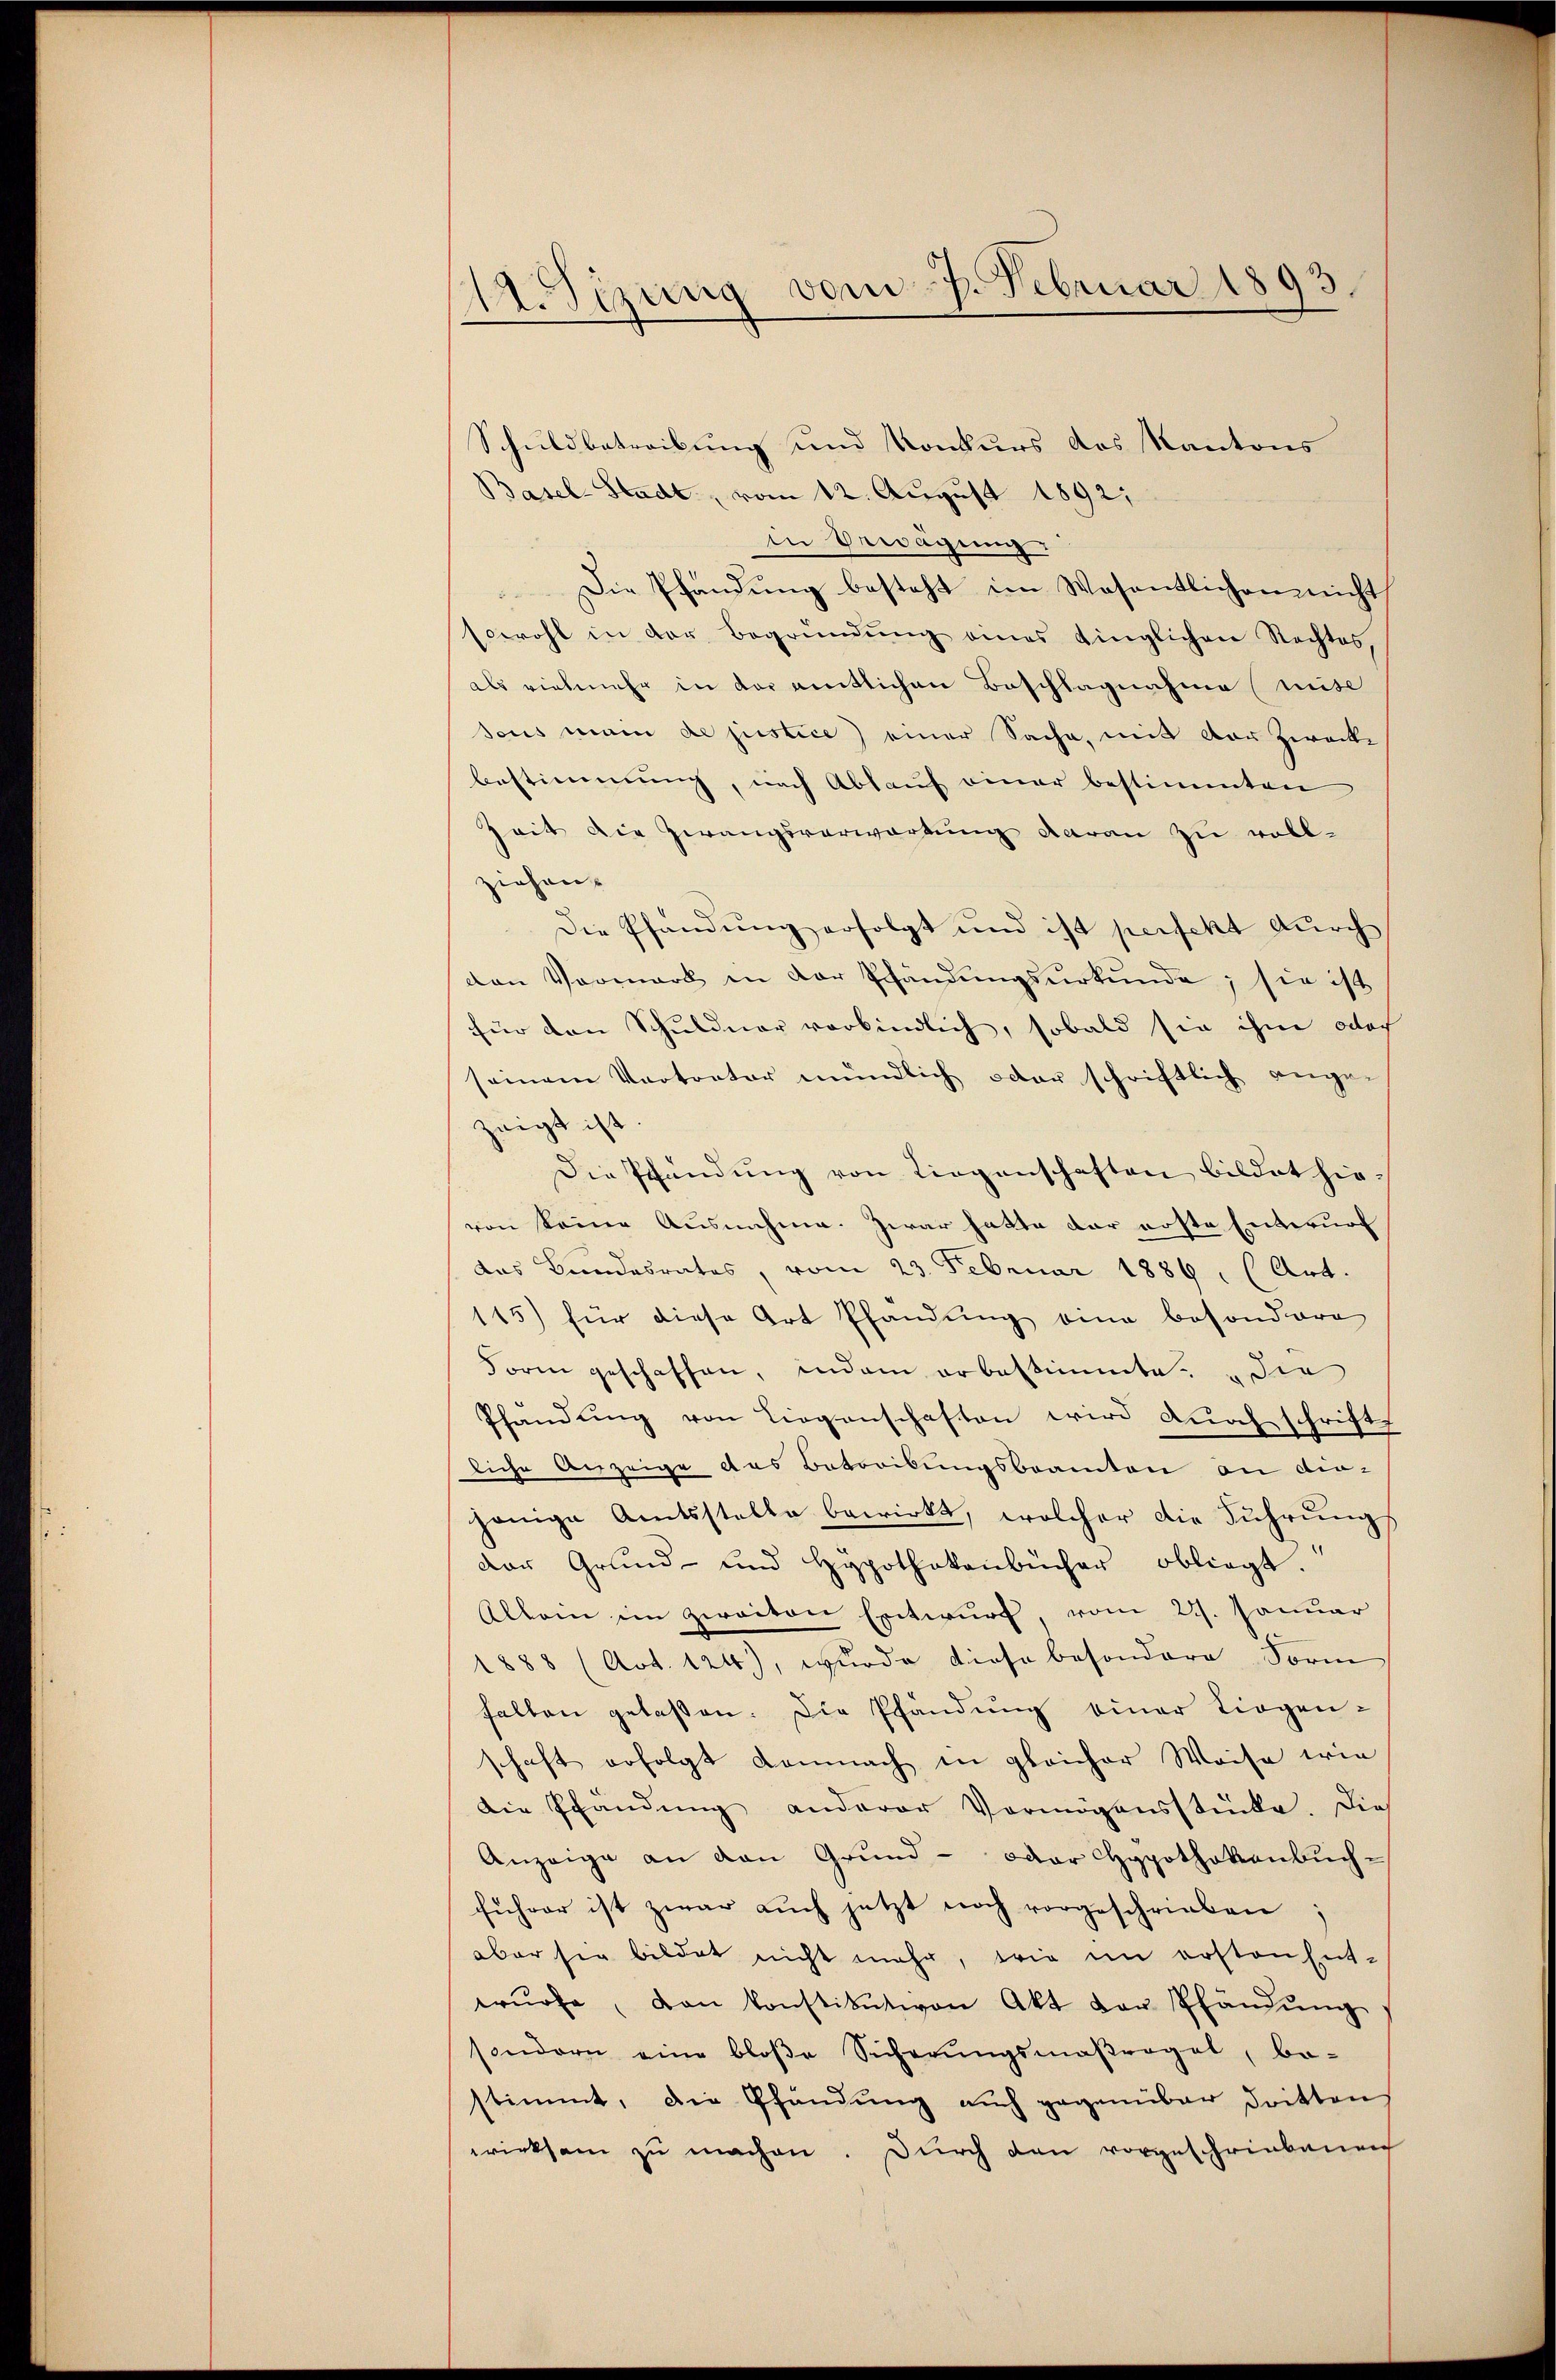
A.Sizung vom 7. Februar 1893

Schuldbetreibung und Konkurs des Kantons
Basel-Stadt, vom 12. August 1892;
in Bewägung.
Die Pfandung besteht im Wesentlichen nicht
sowohl in der Begründŭng eines dinglichen Rechtes,
als vielmehr in der amtlichen Beschlagnahme (mite
sous main de justice) einer Sache, mit vor Zwecke
bestimmung, nach Ablauf einer bestimmten
Zeit die Zwangsverwartung daran zu vollziehen.
Die Pfändung erfolgt und ist perfekt durch
van Vermark in der Schändŭngsŭrkŭnde; sie ist
für den Schuldner verbindlich, sobald sie ihm oder
seinem Vertreter mündlich oder schriftlich ange-
zeigt ist
Die Pfändung von Liegenschaften bildet hie-
von keine Ausnahme. Zwar hatte der erste Entwurf
das Bundesrates, vom 23. Februar 1886, (Art.
145) für diese Art Pfandung eine besondere
Form geschaffen, indem erbestimmte: „die
Pfandung von Liegenschaften wird durch schrifte
liche Anzeige das Betreibungsbeamten an die-
jenige Amtsstelle bewirkt, welcher die Führung
der Grund- und Hypothekenbücher obliegt.
Allein im zweiten Entwurf, vom 21. Januar
1888 (Art. 124), wurde diese besondere Form
fallen gelassen. Die Pfändung einer Liegen-
schaft erfolgt Lamnach in gleicher Weise wie
die Pfandŭng anderer Vermögensstücke. Die
Anzeige an den Grund- oder Hypothekenbŭch-
führer ist zwar aŭch jetzt noch vorgeschrieben:
aber sie bildet nicht mehr, wie im ersten Ent-
erŭrfe, von konstitutiven Akt der Pfändŭng
sondern eine bloβe Sicherŭngsmaßregel, be-
stimmt, die Pfändung aŭch gegenüber dritten
wirksam zŭ machen. Durch den vorgeschriebenen